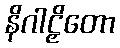
နိဂါဠှိတော